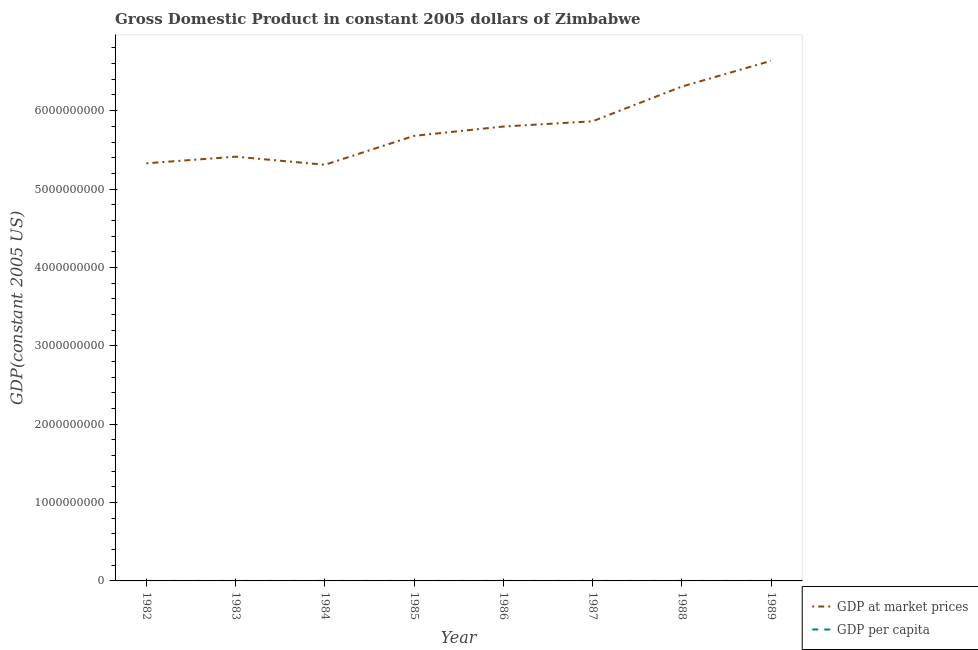
| Year | GDP at market prices | GDP per capita |
 | --- | --- | --- |
 | 1982 | 5.33e+09 | 677 |
 | 1983 | 5.41e+09 | 660 |
 | 1984 | 5.31e+09 | 623 |
 | 1985 | 5.68e+09 | 641 |
 | 1986 | 5.8e+09 | 630 |
 | 1987 | 5.86e+09 | 615 |
 | 1988 | 6.31e+09 | 639 |
 | 1989 | 6.64e+09 | 651 |